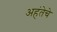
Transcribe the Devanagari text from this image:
अहंतेचे